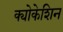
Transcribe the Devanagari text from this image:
क्योकेशिन